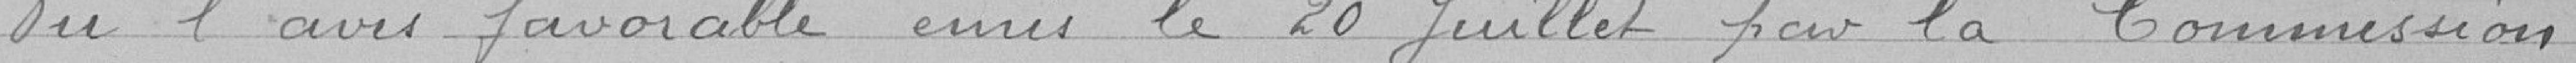
Vu l'avis favorable émis le 20 juillet par la Commission